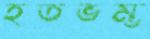
হতভম্ভ